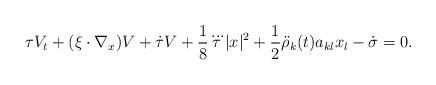
LaTeX: \begin{align*} \tau V_t+(\mathbf{\xi}\cdot{\mathbf{\nabla}_x})V+\dot{\tau}V+\frac{1}{8}\dddot{\tau}|x|^2+\frac{1}{2}\ddot{\rho}_k(t)a_{kl}x_l-\dot{\sigma}=0.\end{align*}